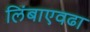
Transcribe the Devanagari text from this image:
लिंबाएवढा